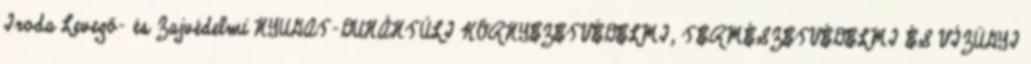
Iroda Levegő- és Zajvédelmi NYUGAT-DUNÁNTÚLI KÖRNYEZETVÉDELMI, TERMÉSZETVÉDELMI ÉS VÍZÜGYI